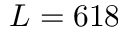
L = 6 1 8